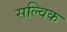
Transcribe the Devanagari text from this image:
सल्विक